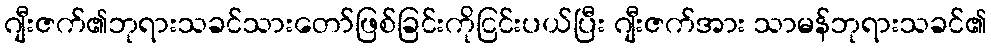
ဂျီးဇက်၏ဘုရားသခင်သားတော်ဖြစ်ခြင်းကိုငြင်းပယ်ပြီး ဂျီးဇက်အား သာမန်ဘုရားသခင်၏